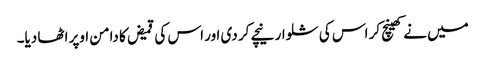
میں نے کھینچ کر اس کی شلوار نیچے کر دی اور اس کی قمیض کا دامن اوپر اٹھا دیا۔